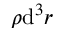
\rho \mathrm { d } ^ { 3 } r